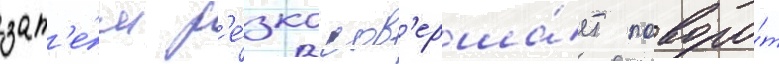
зат'е́м р'е́зко сов'ерша́ет поворо́т